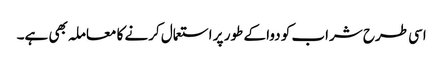
اسی طرح شراب کو دوا کے طور پر استعمال کرنے کا معاملہ بھی ہے۔